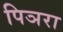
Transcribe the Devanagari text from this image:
पिञरा